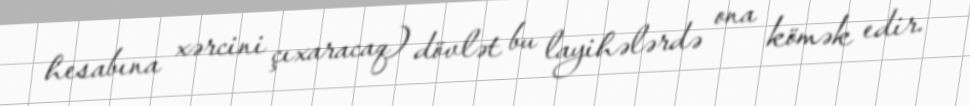
hesabına xərcini çıxaracaq) dövlət bu layihələrdə ona kömək edir.